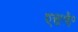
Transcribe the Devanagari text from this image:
एच॰ई॰